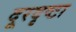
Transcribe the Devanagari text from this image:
दूरदृष्टा